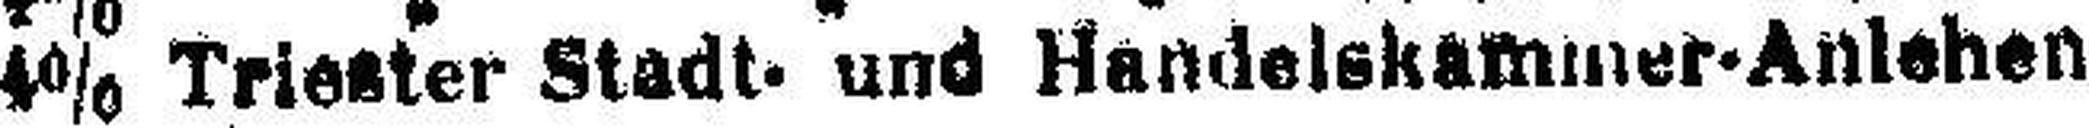
4% Triester Stadt- und Handelskammer-Anlehen